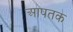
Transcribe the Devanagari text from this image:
आपतक